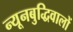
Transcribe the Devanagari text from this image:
न्यूनबुद्धिवालों